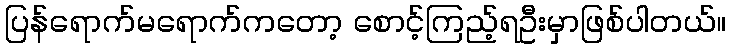
ပြန်ရောက်မရောက်ကတော့ စောင့်ကြည့်ရဦးမှာဖြစ်ပါတယ်။